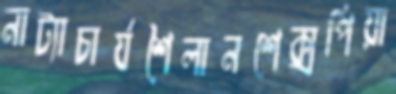
নাট্যাচার্যশৈলানশেক্সপিয়া